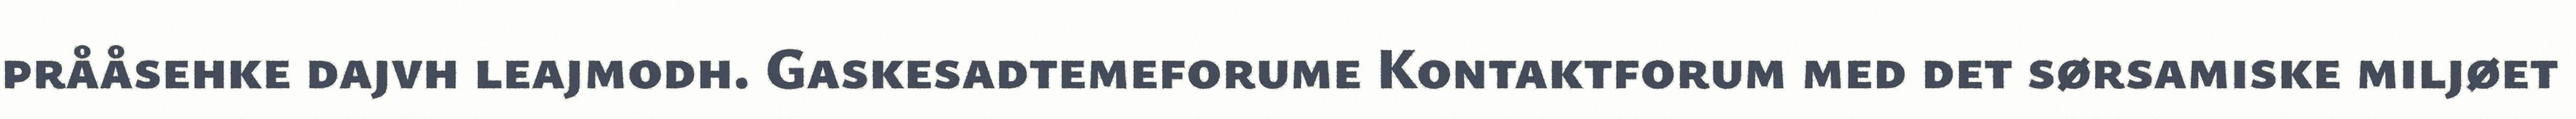
prååsehke dajvh leajmodh. Gaskesadtemeforume Kontaktforum med det sørsamiske miljøet